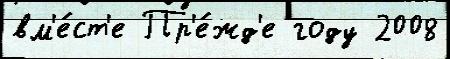
вм'е́ст'е Пр'е́жд'е году 2008